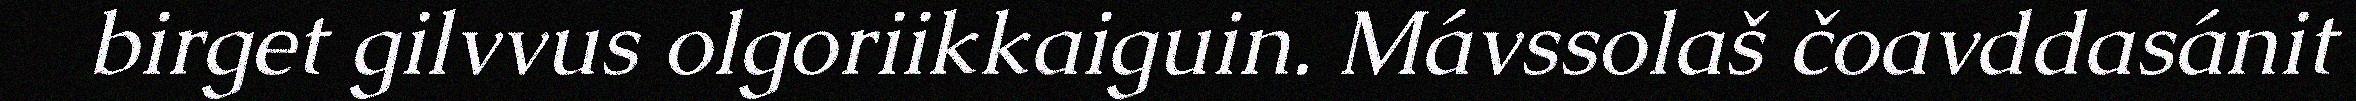
birget gilvvus olgoriikkaiguin. Mávssolaš čoavddasánit